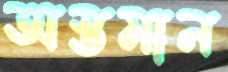
অস্তমান